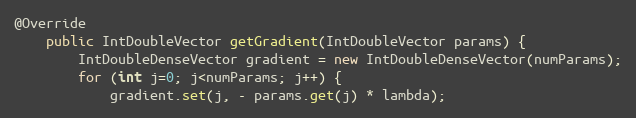
Language: Java
@Override
    public IntDoubleVector getGradient(IntDoubleVector params) {
        IntDoubleDenseVector gradient = new IntDoubleDenseVector(numParams);
        for (int j=0; j<numParams; j++) {
            gradient.set(j, - params.get(j) * lambda);